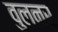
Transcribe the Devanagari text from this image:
वुलनर